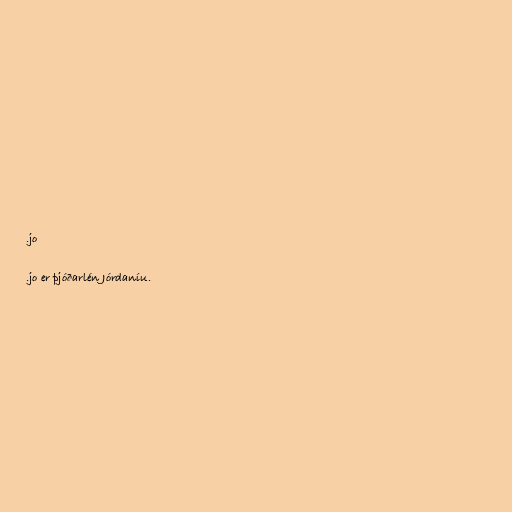
.jo

.jo er þjóðarlén Jórdaníu.